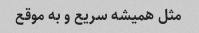
مثل همیشه سریع و به موقع